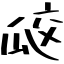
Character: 㼎